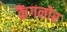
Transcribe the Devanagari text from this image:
क्रैंगनोर